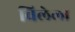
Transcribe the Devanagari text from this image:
विलेला